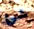
شئ